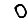
Digit: 0